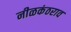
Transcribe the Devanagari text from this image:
नीळकंठराव